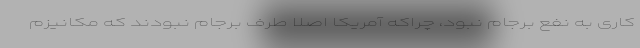
کاری به نفع برجام نبود، چراکه آمریکا اصلا طرف برجام نبودند که مکانیزم